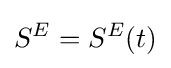
S^{E}=S^{E}(t)